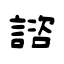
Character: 諮